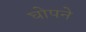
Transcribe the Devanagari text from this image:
घोपने